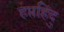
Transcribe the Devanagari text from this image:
हप्तहिंदु